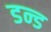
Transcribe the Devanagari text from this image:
डन्ड